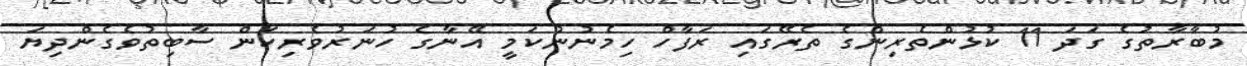
މުބާރާތުގެ ގަދަ 11 ކުޅުންތެރިންގެ ތެރޭގައި ރަފާހް ހިމެނުނުކަމީ އޭނާގެ ހުނަރުވެރިކަން ސާބިތުވެގެންދިޔަ